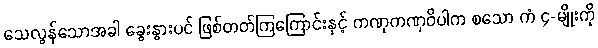
သေလွန်သောအခါ ခွေးနွားပင် ဖြစ်တတ်ကြကြောင်းနှင့် ကဏှကဏှဝိပါက စသော ကံ ၄-မျိုးကို